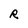
Character: R